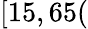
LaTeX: [15,65(